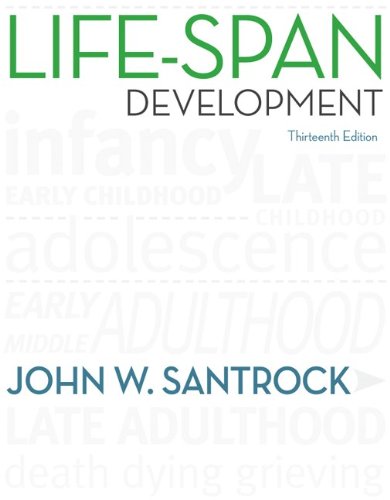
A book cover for Life-Span Development, 13th Edition; John W. Santrock; Medical Books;